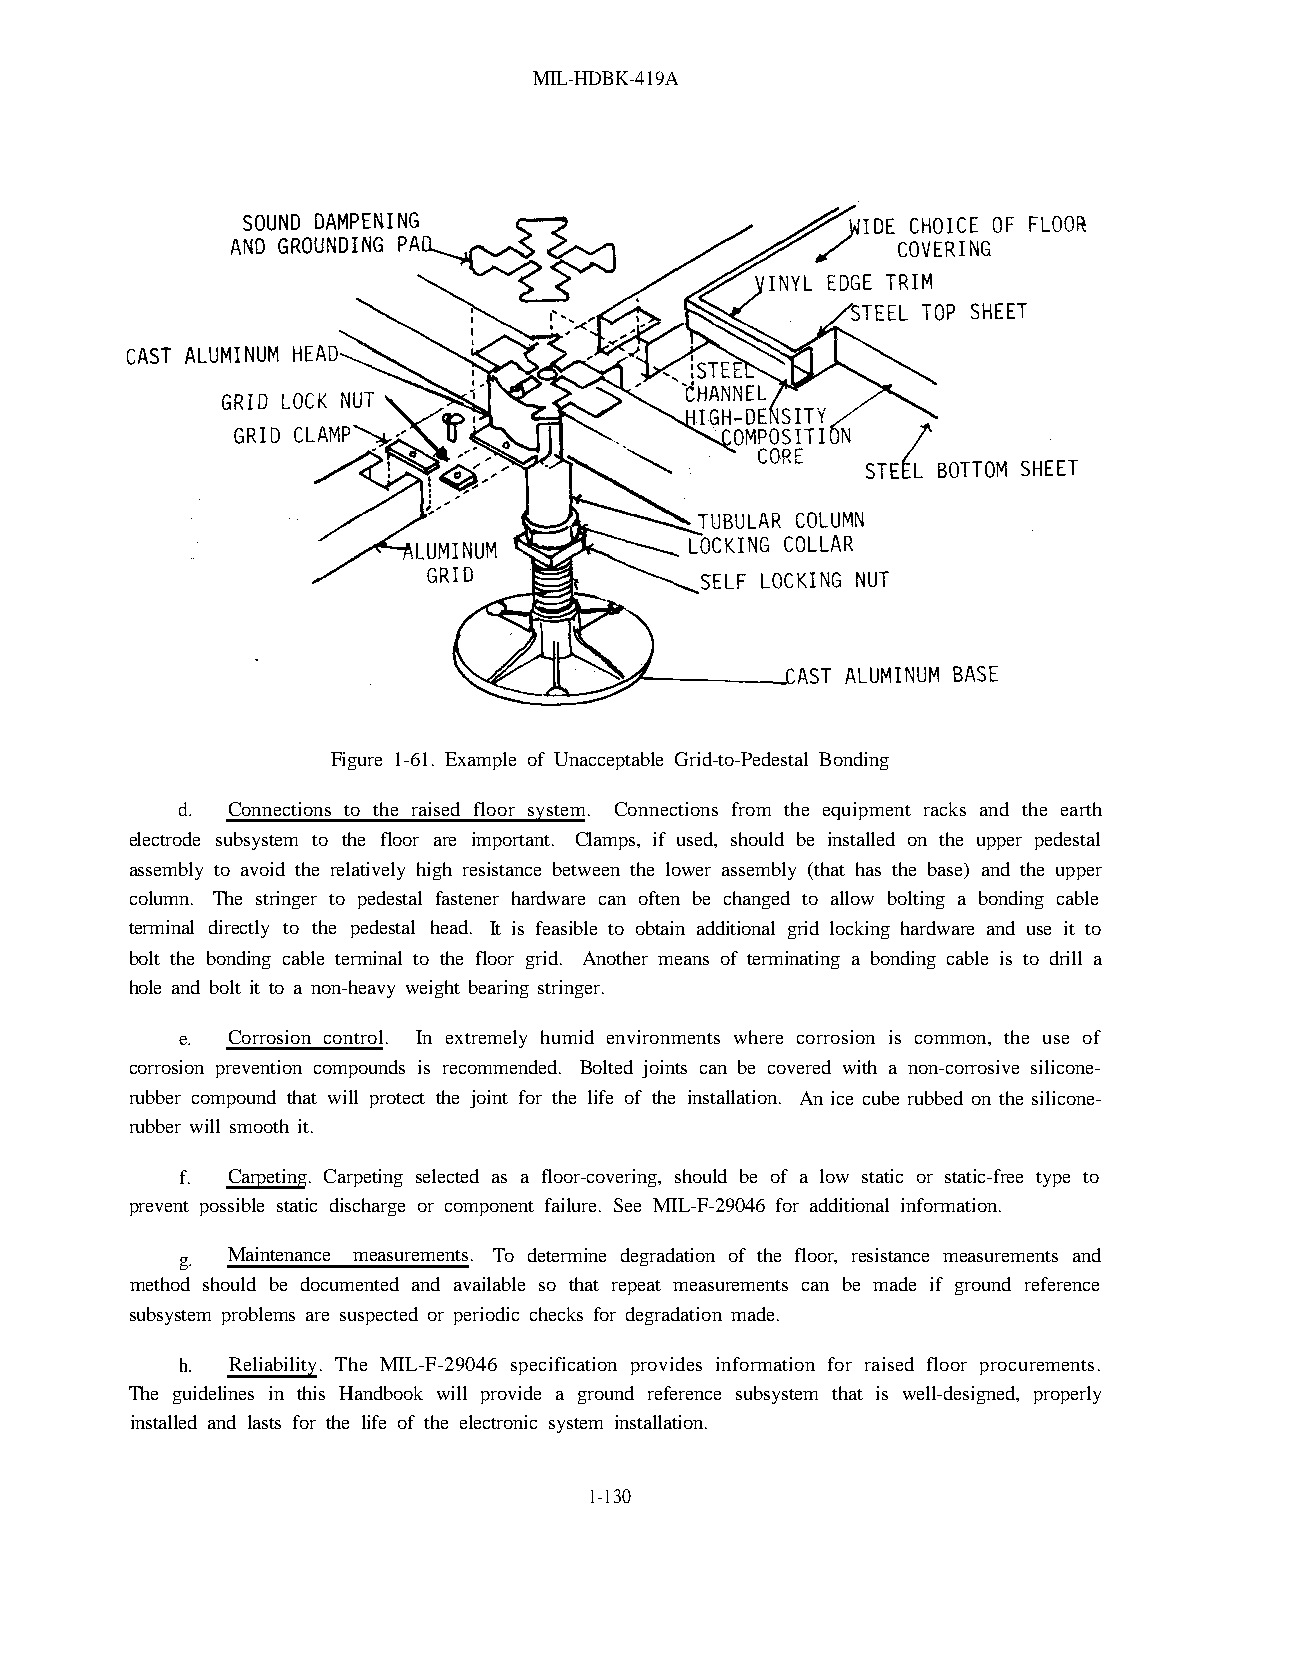
MIL-HDBK-419A
 Figure 1-61. Example of Unacceptable Grid-to-Pedestal Bonding
 d. Connections to the raised floor system. Connections from the equipment racks and the earth
 electrode subsystem to the floor are important. Clamps, if used, should be installed on the upper pedestal
 assembly to avoid the relatively high resistance between the lower assembly (that has the base) and the upper
 column. The stringer to pedestal fastener hardware can often be changed to allow bolting a bonding cable
 terminal directly to the pedestal head. It is feasible to obtain additional grid locking hardware and use it to
 bolt the bonding cable terminal to the floor grid. Another means of terminating a bonding cable is to drill a
 hole and bolt it to a non-heavy weight bearing stringer.
 e. Corrosion control. In extremely humid environments where corrosion is common, the use of
 corrosion prevention compounds is recommended. Bolted joints can be covered with a non-corrosive silicone-
 rubber compound that will protect the joint for the life of the installation. An ice cube rubbed on the silicone-
 rubber will smooth it.
 f. Carpeting. Carpeting selected as a floor-covering, should be of a low static or static-free type to
 prevent possible static discharge or component failure. See MIL-F-29046 for additional information.
 g. Maintenance measurements. To determine degradation of the floor, resistance measurements and
 method should be documented and available so that repeat measurements can be made if ground reference
 subsystem problems are suspected or periodic checks for degradation made.
 h. Reliability. The MIL-F-29046 specification provides information for raised floor procurements.
 The guidelines in this Handbook will provide a ground reference subsystem that is well-designed, properly
 installed and lasts for the life of the electronic system installation.
 1-130